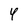
Character: 4